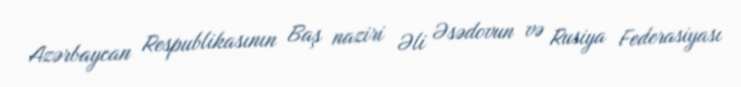
Azərbaycan Respublikasının Baş naziri Əli Əsədovun və Rusiya Federasiyası